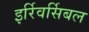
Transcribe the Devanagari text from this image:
इर्रिवर्सिबल